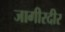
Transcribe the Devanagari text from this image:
जागीरदीर